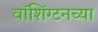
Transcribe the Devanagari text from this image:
वाॅशिंग्टनच्या